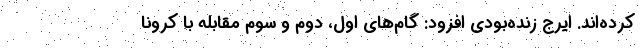
کرده‌اند. ایرج زنده‌بودی افزود: گام‌های اول، دوم و سوم مقابله با کرونا